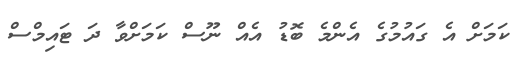
ކަމަށް އެ ގައުމުގެ އެންމެ ބޮޑު އެއް ނޫސް ކަމަށްވާ ދަ ޓައިމްސް